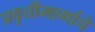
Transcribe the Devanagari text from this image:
प्रवृत्तीमार्गाचे